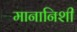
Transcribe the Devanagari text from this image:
मानानिशी